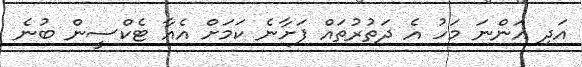
އަދި އަންނަ މަހު އެ ދަތުރުތައް ފަށާނެ ކަމަށް އެއާ ޓެކްސީން ބުނެ